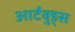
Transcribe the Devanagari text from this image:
आर्टवुड्स